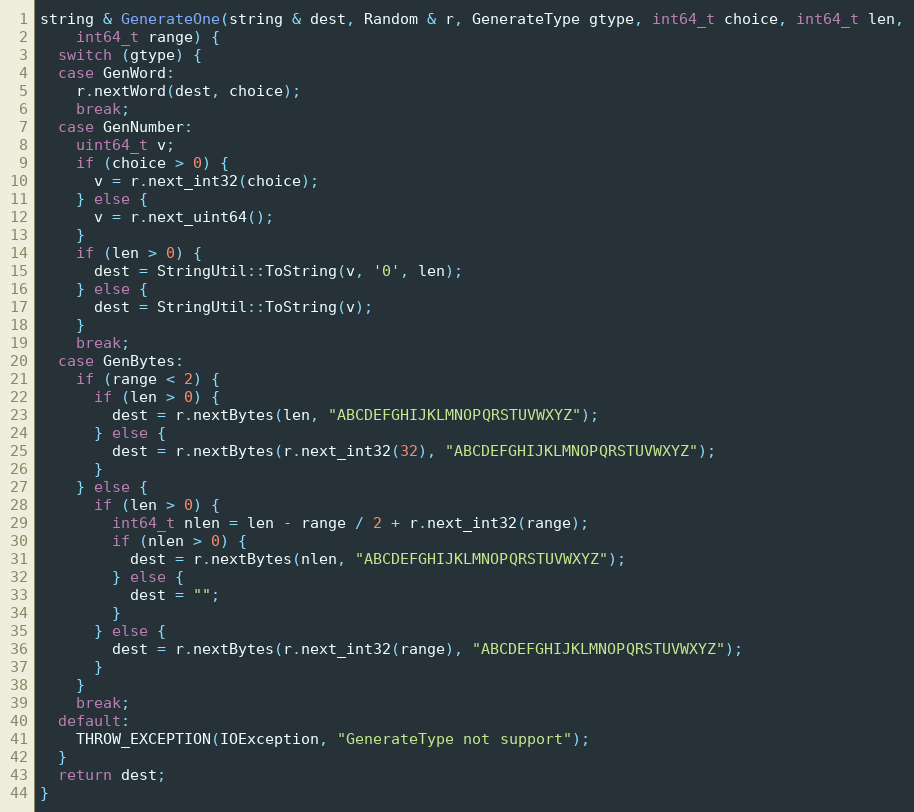
Language: C++
string & GenerateOne(string & dest, Random & r, GenerateType gtype, int64_t choice, int64_t len,
    int64_t range) {
  switch (gtype) {
  case GenWord:
    r.nextWord(dest, choice);
    break;
  case GenNumber:
    uint64_t v;
    if (choice > 0) {
      v = r.next_int32(choice);
    } else {
      v = r.next_uint64();
    }
    if (len > 0) {
      dest = StringUtil::ToString(v, '0', len);
    } else {
      dest = StringUtil::ToString(v);
    }
    break;
  case GenBytes:
    if (range < 2) {
      if (len > 0) {
        dest = r.nextBytes(len, "ABCDEFGHIJKLMNOPQRSTUVWXYZ");
      } else {
        dest = r.nextBytes(r.next_int32(32), "ABCDEFGHIJKLMNOPQRSTUVWXYZ");
      }
    } else {
      if (len > 0) {
        int64_t nlen = len - range / 2 + r.next_int32(range);
        if (nlen > 0) {
          dest = r.nextBytes(nlen, "ABCDEFGHIJKLMNOPQRSTUVWXYZ");
        } else {
          dest = "";
        }
      } else {
        dest = r.nextBytes(r.next_int32(range), "ABCDEFGHIJKLMNOPQRSTUVWXYZ");
      }
    }
    break;
  default:
    THROW_EXCEPTION(IOException, "GenerateType not support");
  }
  return dest;
}